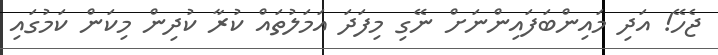
ޖެހޭ! އަދި މައިންބަފައިންނަށް ނޭގި މިފަދަ އަމަލުތައް ކުރާ ކުދިން މިކަން ކަމުގައި